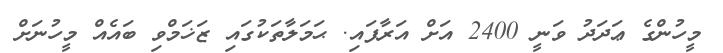
މީހުންގެ ޢަދަދު ވަނީ 2400 އަށް އަރާފައި. ޙަމަލާތަކުގައި ޒަޚަމްވި ބައެއް މީހުނަށް